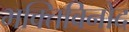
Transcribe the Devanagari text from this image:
भक्तिविनोद